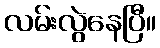
လမ်းလွဲနေပြီ။